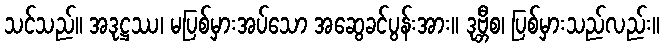
သင်သည်။ အဒုဋ္ဌဿ၊ မပြစ်မှားအပ်သော အဆွေခင်ပွန်းအား။ ဒုဗ္ဘီစ၊ ပြစ်မှားသည်လည်း။